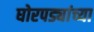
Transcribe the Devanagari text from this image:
घोरपड्यांच्या